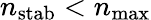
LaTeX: n_{\mathrm{stab}}<n_{\mathrm{max}}